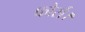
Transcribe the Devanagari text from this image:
फोर्स।